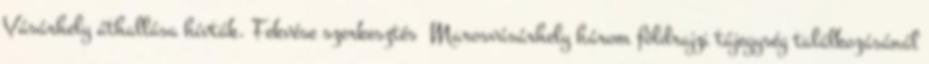
Vásárhely áthallása hívták. Fekvése szerkesztés Marosvásárhely három földrajzi tájegység találkozásánál